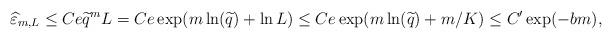
LaTeX: \begin{align*}\widehat \varepsilon_{m,L} \leq C e \widetilde q^m L = C e \exp( m \ln (\widetilde q) + \ln L) \leq C e \exp( m \ln (\widetilde q) + m/K) \leq C' \exp (-b m), \end{align*}